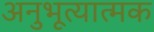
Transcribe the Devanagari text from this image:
अनुभूत्यात्मक